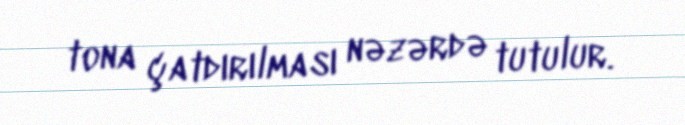
tona çatdırılması nəzərdə tutulur.